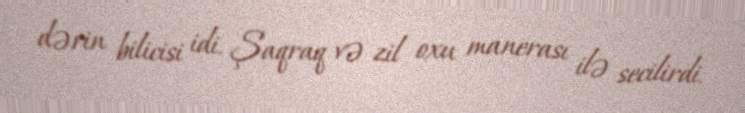
dərin bilicisi idi. Şaqraq və zil oxu manerası ilə secilirdi.